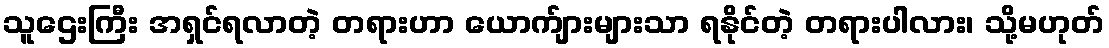
သူဌေးကြီး အရှင်ရလာတဲ့ တရားဟာ ယောက်ျားများသာ ရနိုင်တဲ့ တရားပါလား၊ သို့မဟုတ်